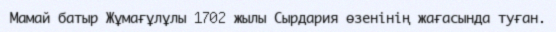
Мамай батыр Жұмағұлұлы 1702 жылы Сырдария өзенінің жағасында туған.